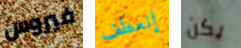
فيروس إنعطف يكن